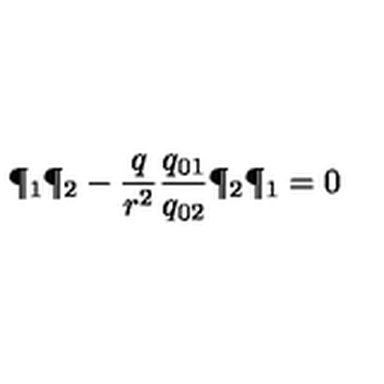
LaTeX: \P _ { 1 } \P _ { 2 } - { \frac { q } { r ^ { 2 } } } { \frac { q _ { 0 1 } } { q _ { 0 2 } } } \P _ { 2 } \P _ { 1 } = 0